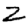
Digit: 2